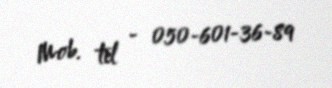
Mob. tel - 050-601-36-89